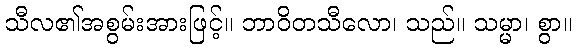
သီလ၏အစွမ်းအားဖြင့်။ ဘာဝိတသီလော၊ သည်။ သမ္မာ၊ စွာ။